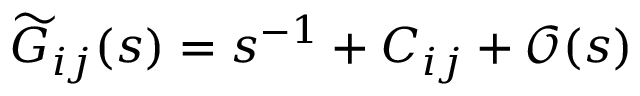
\widetilde { G } _ { i j } ( s ) = s ^ { - 1 } + C _ { i j } + \mathcal { O } ( s )